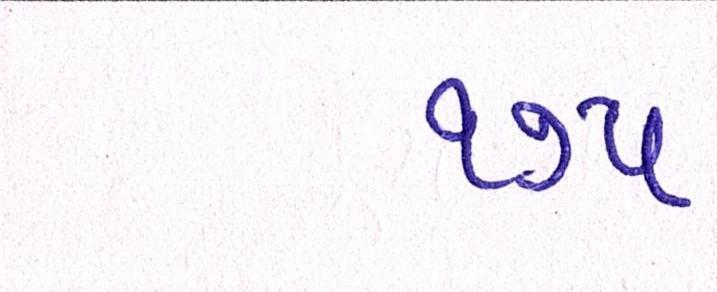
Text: ૧૭૫